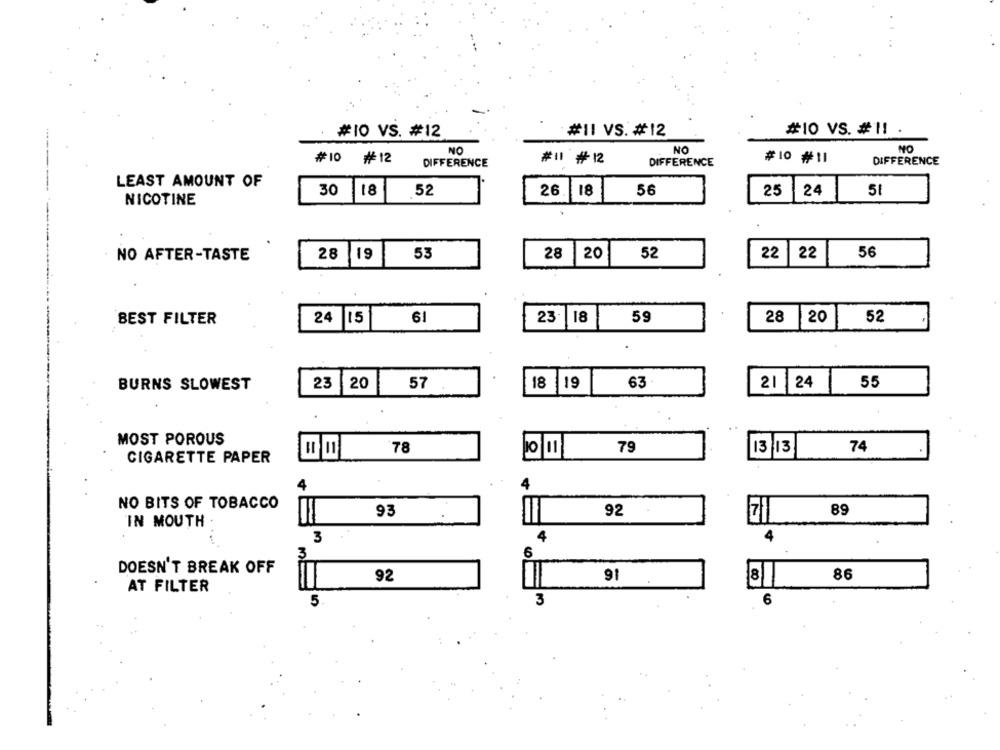
#10 VS. #12
#11 VS. #12
#10 VS. #11 .
NO
NO
NO
#10 #12
DIFFERENCE
# #12
DIFFERENCE
#10 #11
DIFFERENCE
LEAST AMOUNT OF
30
18
52
26. 18
56
25 24
NICOTINE
28
119
53
28
20
52
22
22
56
NO AFTER-TASTE
BEST FILTER
24
15
61
23.
18
59
28
20
52
BURNS SLOWEST
23
20
57
18 |19
63
21 24
55
. .
MOST POROUS
78
=
79
13/13
74
CIGARETTE PAPER
4
4
NO BITS OF TOBACCO
89
93
92
71
IN MOUTH
3
4
4
6
3
DOESN'T BREAK OFF
92
91
86
AT FILTER
5
3
6